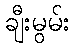
ချီးမွမ်း